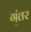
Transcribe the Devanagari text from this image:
गुंतर